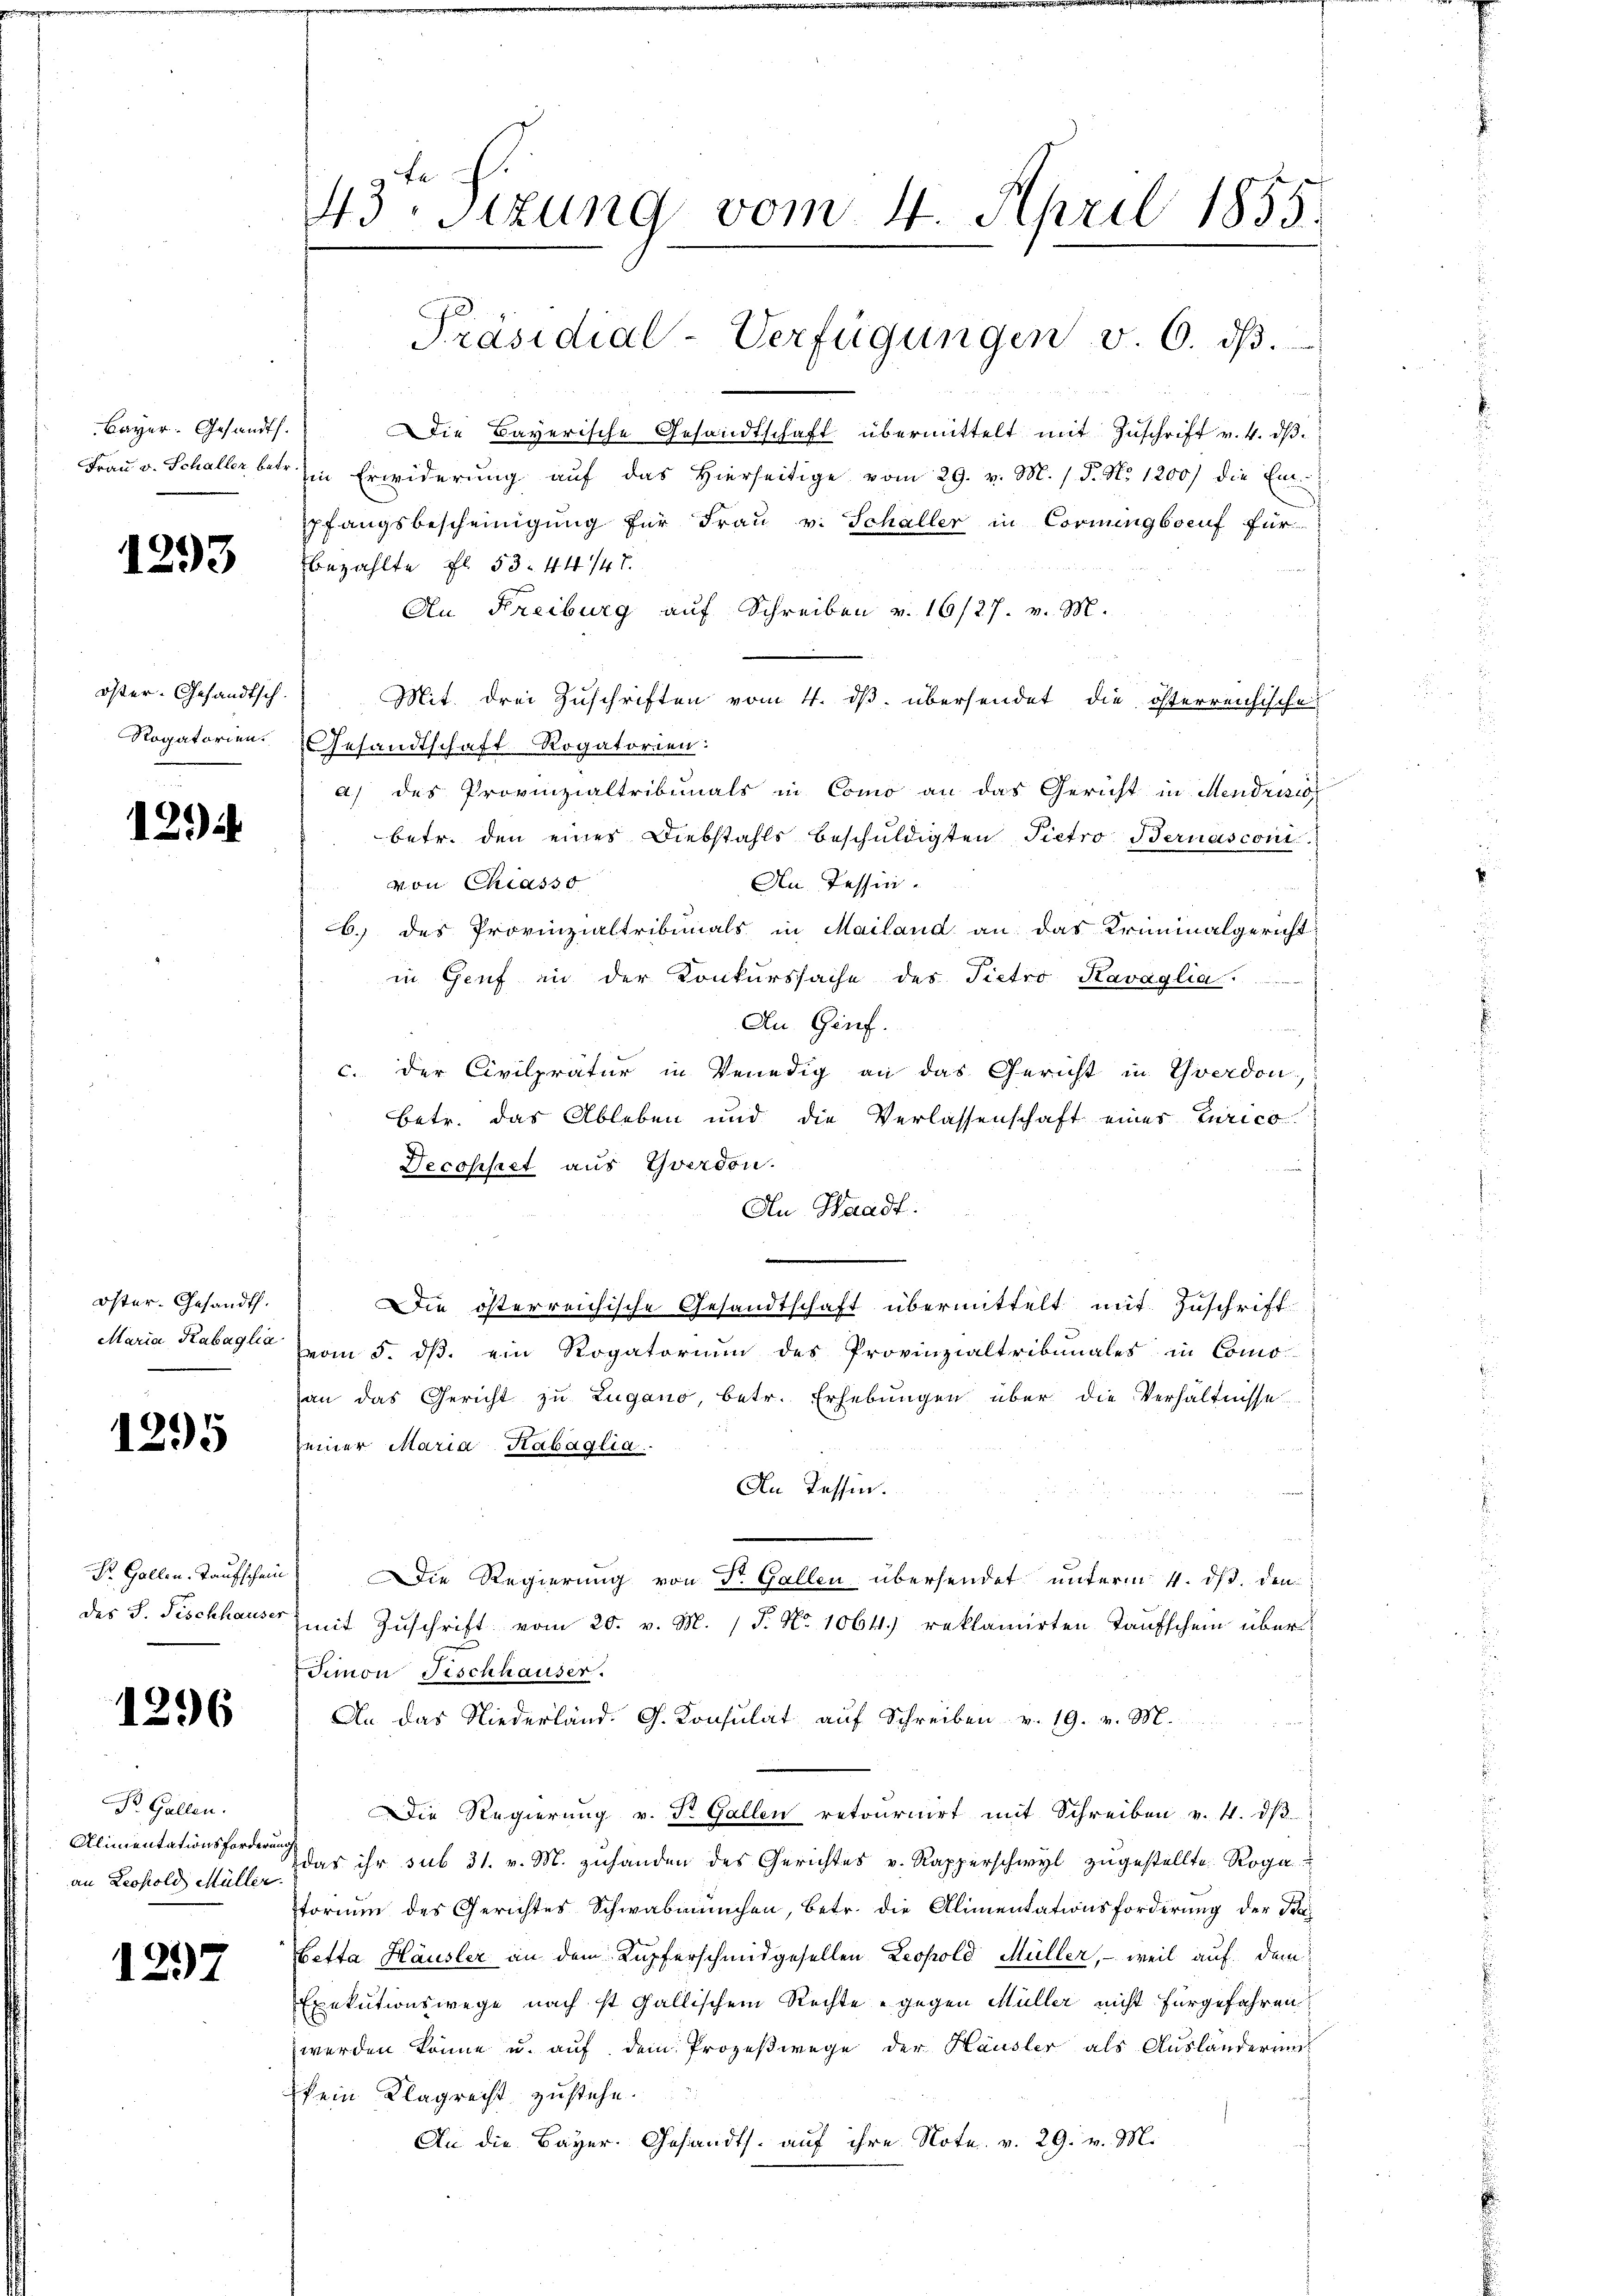
Bayer. Gesandt.
Frau v. Schaller, betr.

1293

öster- Gesandtsch.
Rogatorien.

1294

öster. Gesandth.
Maria Kabaglia

1295

Dr. Gallen, Taufschein
des J. Fischhauser

1296

Dr. Gallen.
Alimentationsforderung
an Leopold Müller.

1297

43. Sitzung vom 4. April 1855.
Präsidial-Verfügungen v. 6. dβ.

Die Bayerische Gesandtschaft übermittelt mit Zuschrift v. 4. dβ.
in Erwiderung auf das Hierseitige vom 29. v. M. / 5. No 1200) die Empfangsbescheinigung für Frau v. Schaller in Corningboeuf für
bezahlte fl. 53. 44147.
An Freiburg auf Schreiben v. 16/27. v. M.
Gesandtschaft Rogatorien:
a) des Provinzialtribunals in Como an das Gericht in Mendrision
betr. den eines Diebstahls beschuldigten Pietro Bernasconi
von Chiasso
An Tessinb.) des Provinzialtribunals in Mailand an das Kriminalgericht
in Genf in der Konkurssache des Pietro Kavaglia.
An Genf.
c. der Civilpratur in Venedig an das Gericht in Yverdon,
betr. das Ableben und die Verlassenschaft einer Zurico
Decophet aus Yverdon.
An Waadt.
5
Die österreichische Gesandtschaft übermittelt mit Zuschrift
vom 5. ds. ein Rogatorium des Provinzialtribunales in Como-
an das Gericht zu Lugano, betr. Erhebungen über die Verhältnisse
einer Maria Habaglia.
An Tessin.
Die Regierung von Dr. Gallen übersendet unterm 4. d. den
mit Zuschrift vom 20. v. M. (T. No 1064. reklamirten Taufschein über
Simon Fischhauser.
An das Niederland. G. Konsulat auf Schreiben v. 19. v. M.
Die Regierung v. Dr. Gallen retournirt mit Schreiben v. 4. dβ
das ihr sub 31. v. M. zuhanden des Gerichtes v. Rapperschwyl zugestellte Roga
torium des Gerichtes Schwabmünchen, betr. die Alimentationsforderung der Pasetta Häusler an dem Kupferschmidgesellen Leopold Müller, – weil auf dem
Exekutionswege nach ist Gallischem Rechte gegen Müller nicht fürgefahren
werden könne u. auf dem Prozeßwege der Häusler als Auslanderung
kein Klagrecht zustehe.
An die Bayer. Gesandts. auf ihre Note. v. 29. v. M.

Mit. drei Zuschriften vom 4. dβ übersendet die österreichische